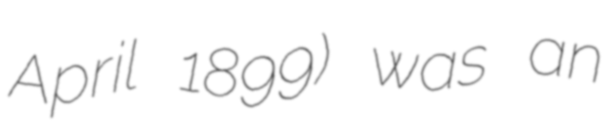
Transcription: April 1899) was an